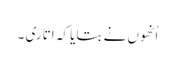
اُنھوں نے بتایا کہ اتاری ۔